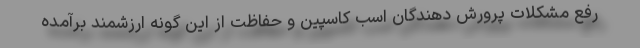
رفع مشکلات پرورش دهندگان اسب کاسپین و حفاظت از این گونه ارزشمند برآمده